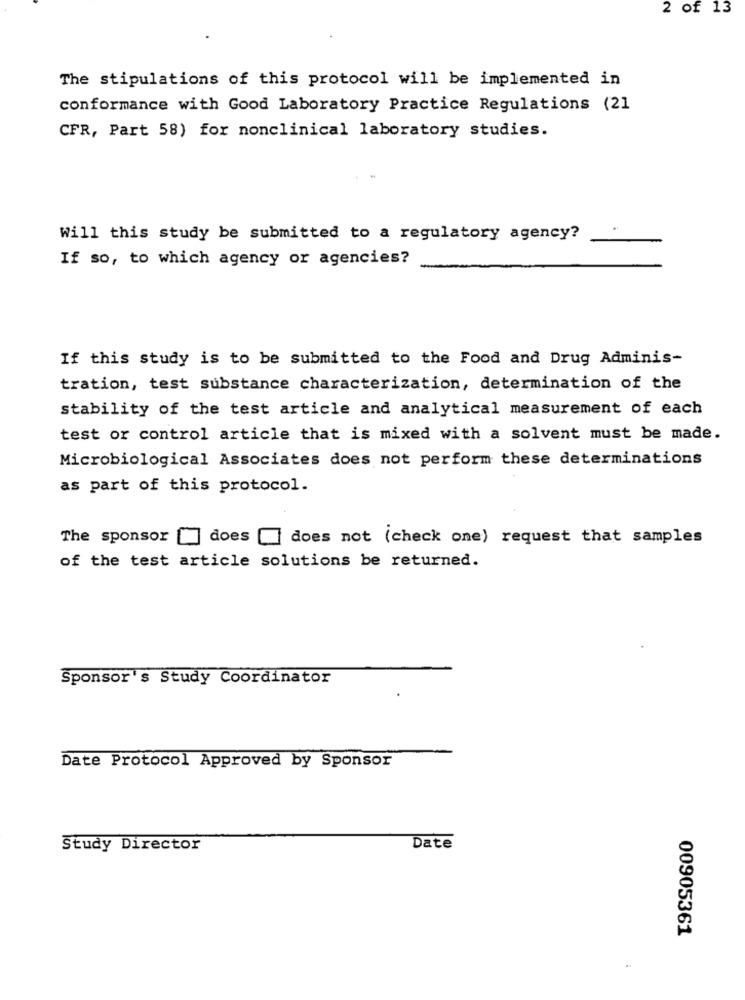
2 of 13
The stipulations of this protocol will be implemented in
conformance with Good Laboratory Practice Regulations (21
CFR, Part 58) for nonclinical laboratory studies.
Will this study be submitted to a regulatory agency?
If so, to which agency or agencies?
If this study is to be submitted to the Food and Drug Adminis-
tration, test substance characterization, determination of the
stability of the test article and analytical measurement of each
test or control article that is mixed with a solvent must be made.
Microbiological Associates does not perform these determinations
as part of this protocol.
The sponsor
does [] does not (check one) request that samples
of the test article solutions be returned.
Sponsor's Study Coordinator
Date Protocol Approved by Sponsor
Study Director
Date
00905361